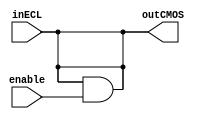
module ECL_buffer (
    input wire inECL,
    input wire enable,
    output wire outCMOS
);

// Input signal termination
assign inECL = inECL & enable;

// ECL to CMOS conversion
assign outCMOS = inECL;

endmodule